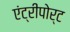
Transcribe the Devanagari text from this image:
एंट्रीपोर्ट